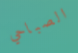
الصباحي